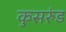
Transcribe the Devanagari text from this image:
कुसरुंड